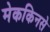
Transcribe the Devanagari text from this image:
मेककिनसे